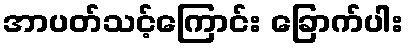
အာပတ်သင့်ကြောင်း ခြောက်ပါး